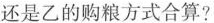
还是乙的购粮方式合算?